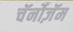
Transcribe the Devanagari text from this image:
चॅर्नोज़ॅम